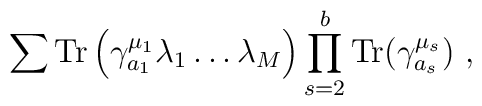
\sum {\rm Tr}\left(\gamma^{\mu_1}_{a_1} \lambda_1\dots\lambda_M\right)\prod_{s=2}^{b}  {\rm Tr}(\gamma^{\mu_s}_{a_s})~,